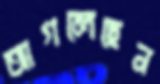
আগলেছেন